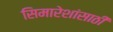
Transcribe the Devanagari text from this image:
सिमारेशांसाठी